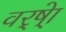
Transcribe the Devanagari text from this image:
वर्ष्‍ेा